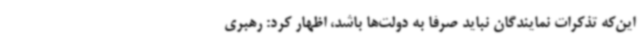
این‌که تذکرات نمایندگان نباید صرفا به دولت‌ها باشد، اظهار کرد: رهبری